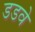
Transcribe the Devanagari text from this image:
डडवे